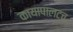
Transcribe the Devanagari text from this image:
कायापालटच